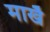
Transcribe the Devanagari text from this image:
माखै